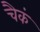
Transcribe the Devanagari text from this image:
चैकं